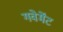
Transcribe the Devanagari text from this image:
गवेर्मेंट